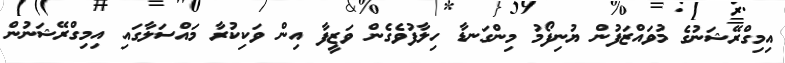
އިމިގްރޭޝަނުގެ މުވައްޒަފުން ޔުނިފޯމު މިންގަނޑާ ހިލާފުވެގެން ވަޒީފާ އިން ވަކިކުރާ މައްސަލާގައި އިމިގްރޭޝަނުން